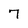
Character: 7